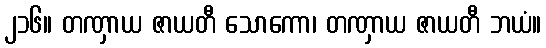
၂၁၆။ တဏှာယ ဇာယတီ သောကော၊ တဏှာယ ဇာယတီ ဘယံ။